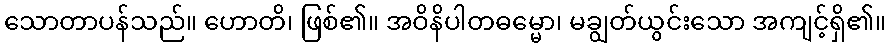
သောတာပန်သည်။ ဟောတိ၊ ဖြစ်၏။ အဝိနိပါတဓမ္မော၊ မချွတ်ယွင်းသော အကျင့်ရှိ၏။